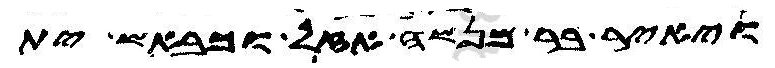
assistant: ויאיר בר מנשה אזל וכבש ית